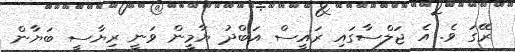
ރޭގަ ވެ. އެ ޖަލްސާގައި ރައީސް އަބްދު ޔާމީން ވަނީ ރިޔާސީ ބަޔާން